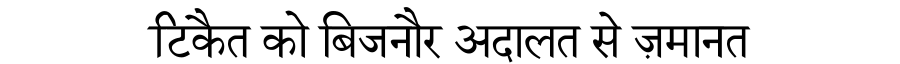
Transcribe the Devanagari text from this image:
टिकैत को बिजनौर अदालत से ज़मानत